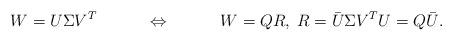
LaTeX: \begin{align*}W &= U\Sigma V^T &\Leftrightarrow&& W&=QR, \; R = \bar U \Sigma V^T U = Q \bar U.\end{align*}